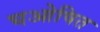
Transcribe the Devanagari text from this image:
घओषित